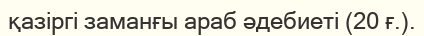
қазіргі заманғы араб әдебиеті (20 ғ.).